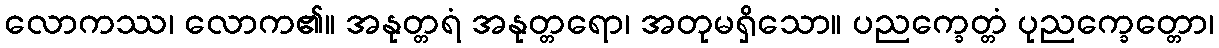
လောကဿ၊ လောက၏။ အနုတ္တရံ အနုတ္တရော၊ အတုမရှိသော။ ပညက္ခေတ္တံ ပုညက္ခေတ္တော၊